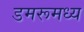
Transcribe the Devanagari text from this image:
डमरूमध्य